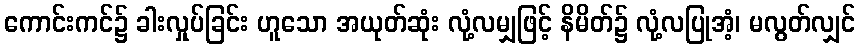
ကောင်းကင်၌ ခါးလှုပ်ခြင်း ဟူသော အယုတ်ဆုံး လုံ့လမျှဖြင့် နိမိတ်၌ လုံ့လပြုအံ့၊ မလွတ်လျှင်